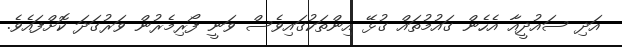
އަދި ސައުދީއާ އެހެން ގައުމުތައް ގުޅޭ އިންތަކުގައިވެސް ވަނީ ފޯރިމެރުން ވަރުގަދަ ކޮށްފައެވެ.